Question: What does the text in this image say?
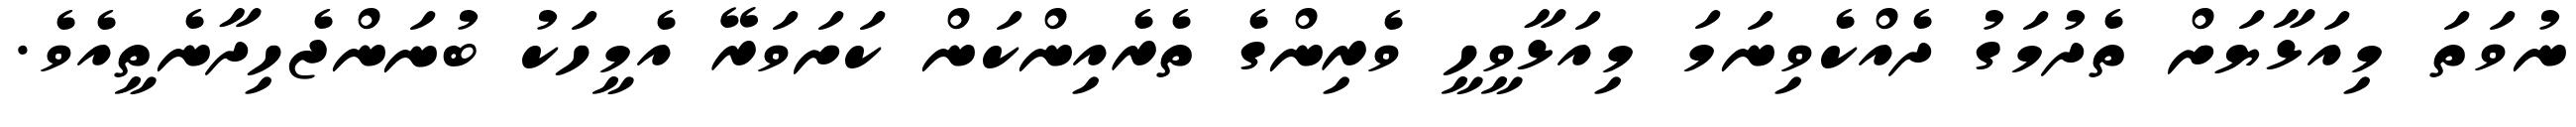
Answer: ނުވަތަ މިއަޅާޔަށް ތެދުމަގު ދެއްކެވިނަމަ މިއަޅާވީހީ ވެރިންގެ ތެރެއިންކަން ކަށަވަރޭ އެމީހަކު ބުނަންޖެހިދާނެތީއެވެ.